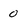
Character: 0